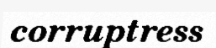
corruptress